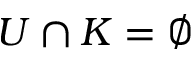
U \cap K = \emptyset